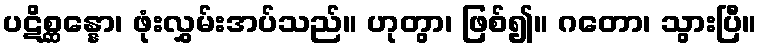
ပဋိစ္ဆန္နော၊ ဖုံးလွှမ်းအပ်သည်။ ဟုတွာ၊ ဖြစ်၍။ ဂတော၊ သွားပြီ။